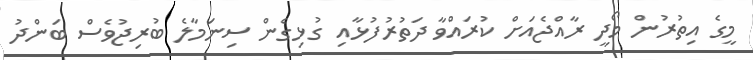
މީގެ އިތުރުން މޯދީ ރާއްޖެއަށް ކުރައްވާ ދަތުރުފުޅާއި ގުޅިގެން ސިނަމާލެ ބުރިޖުވެސް ބަންދު